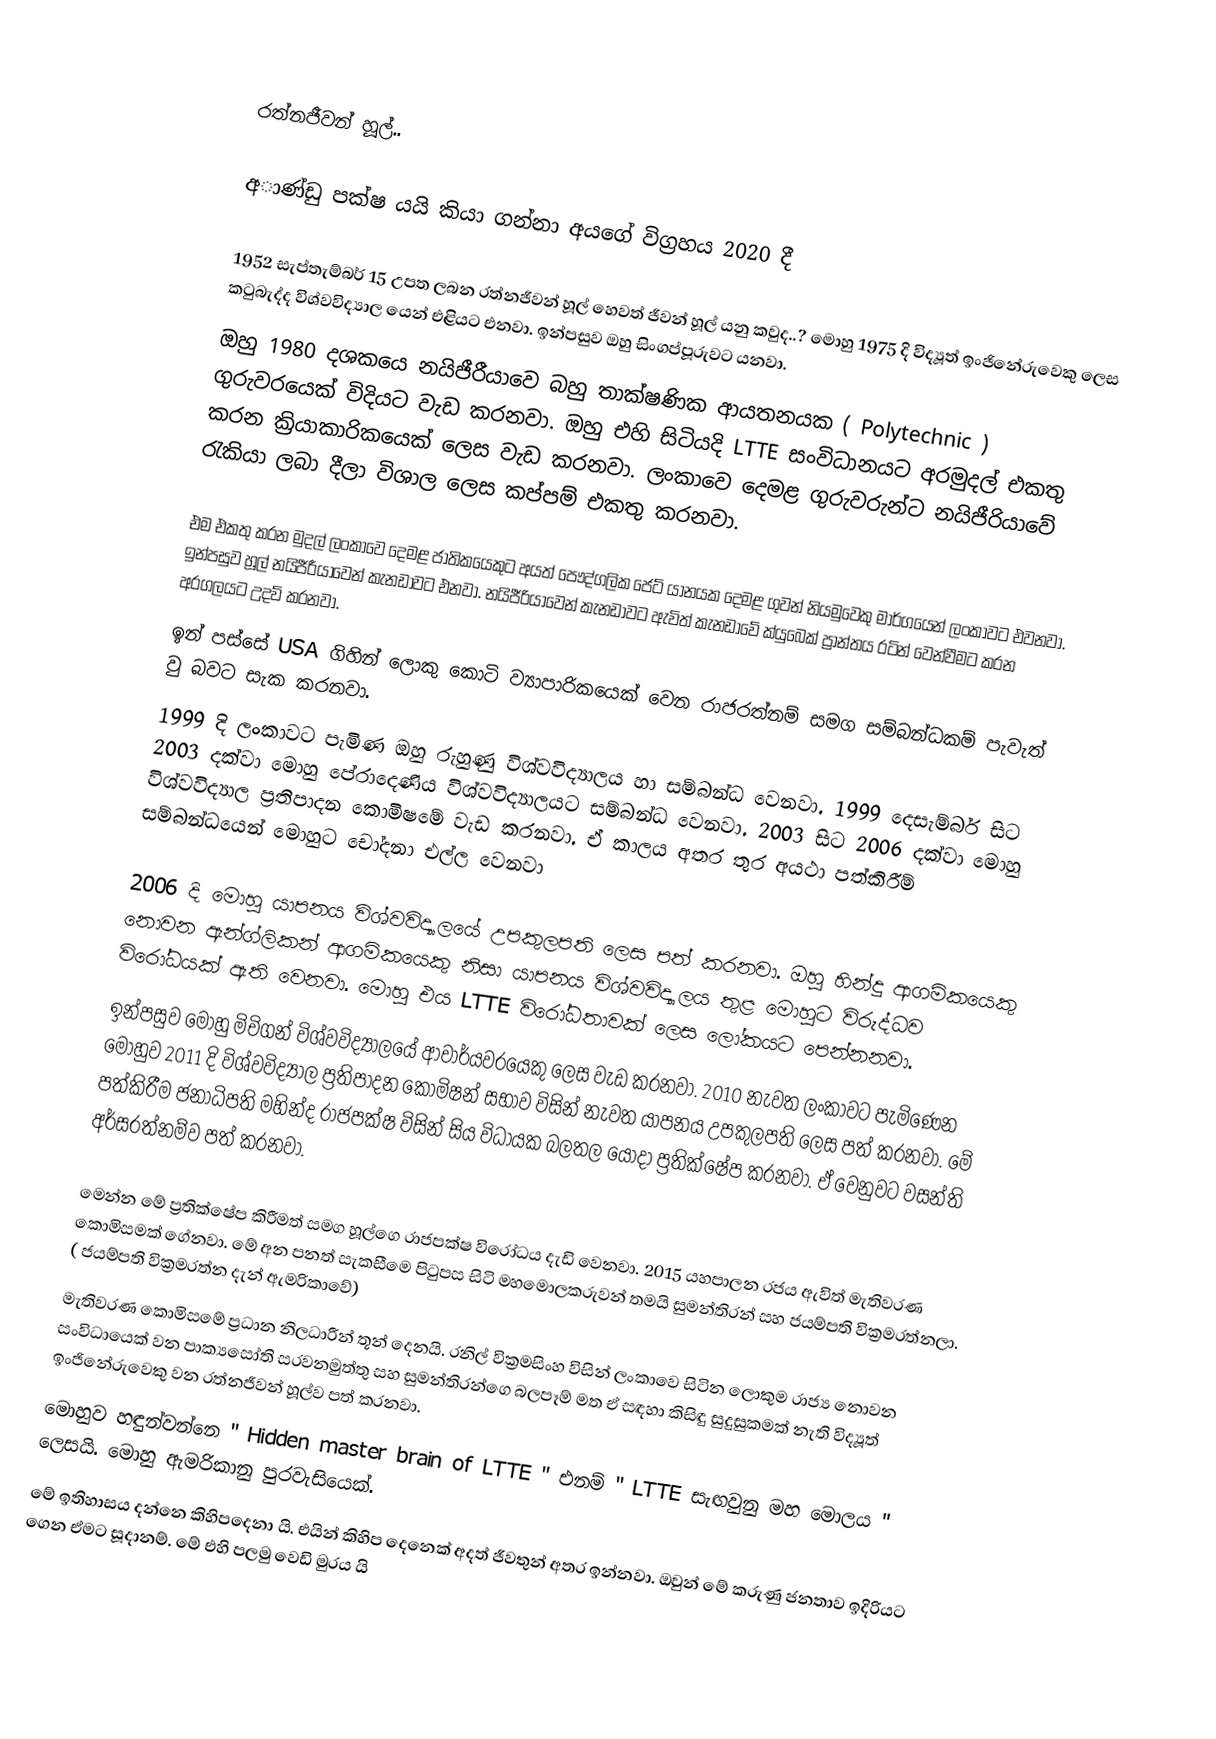

රත්නජීවන් හූල්..

අාණ්ඩු පක්ෂ යයි කියා ගන්නා අයගේ විග්‍රහය  2020 දී

1952 සැප්තැම්බර් 15 උපත ලබන රත්නජීවන් හූල් හෙවත් ජීවන් හූල් යනු කවුද..?  මොහු 1975 දි විද්‍යූත් ඉංජිනේරුවෙකු ලෙස කටුබැද්ද විශ්වවිද්‍යාල යෙන් එළියට එනවා. ඉන්පසුව ඔහු සිංගප්පූරුවට යනවා.
 ඔහු 1980 දශකයෙ නයිජීරීයාවෙ බහු තාක්ෂණික ආයතනයක ( Polytechnic ) ගුරුවරයෙක්  විදියට වැඩ කරනවා. ඔහු එහි සිටියදි LTTE සංවිධානයට අරමුදල් එකතු කරන ක්‍රියාකාරිකයෙක් ලෙස වැඩ කරනවා. ලංකාවෙ දෙමළ  ගුරුවරුන්ට නයිජීරියාවේ රැකියා ලබා දීලා විශාල ලෙස කප්පම් එකතු කරනවා.

එම එකතු කරන මුදල් ලංකාවෙ දෙමළ ජාතිකයෙකුට අයත් පෞද්ගලික ජෙට් යානයක දෙමළ ගුවන් නියමුවෙකු මාර්ගයෙන් ලංකාවට එවනවා. ඉන්පසුව හූල් නයිජීරීයාවෙන් කැනඩාවට එනවා. නයිජීරියාවෙන් කැනඩාවට ඇවිත් කැනඩාවේ ක්යුබෙක් ප්‍රාන්තය රටින් වෙන්වීමට කරන අරගලයට උදව් කරනවා.
ඉන් පස්සේ USA ගිහින් ලොකු කොටි ව්‍යාපාරිකයෙක් වෙන රාජරත්නම් සමග සම්බන්ධකම් පැවැත් වු බවට සැක කරනවා.
1999 දි ලංකාවට පැමිණ ඔහු රුහුණු විශ්වවිද්‍යාලය හා සම්බන්ධ වෙනවා. 1999  දෙසැම්බර් සිට 2003 දක්වා මොහු පේරාදෙණිය විශ්වවිද්‍යාලයට සම්බන්ධ වෙනවා. 2003 සිට 2006 දක්වා මොහු විශ්වවිද්‍යාල ප්‍රතිපාදන කොමිෂමේ වැඩ කරනවා. ඒ කාලය අතර තුර අයථා පත්කිරීම් සම්බන්ධයෙන් මොහුට චෝදනා එල්ල වෙනවා

2006 දි මොහු යාපනය විශ්වවිද්‍යාලයේ උපකුලපති ලෙස පත් කරනවා. ඔහු හින්දු ආගමිකයෙකු නොවන ඇන්ග්ලිකන් ආගමිකයෙකු  නිසා යාපනය විශ්වවිද්‍යාලය තුළ මොහුට විරුද්ධව විරෝධයක් ඇති වෙනවා. මොහු එය LTTE විරෝධතාවක් ලෙස ලෝකයට පෙන්නනවා.
ඉන්පසුව මොහු මිචිගන් විශ්වවිද්‍යාලයේ ආචාර්යවරයෙකු ලෙස වැඩ කරනවා. 2010 නැවත  ලංකාවට පැමිණෙන  මොහුව 2011 දි විශ්වවිද්‍යාල ප්‍රතිපාදන කොමිෂන් සභාව විසින් නැවත යාපනය උපකුලපති ලෙස පත් කරනවා. මේ පත්කිරීම ජනාධිපති මහින්ද රාජපක්ෂ විසින් සිය විධායක බලතල යොදා ප්‍රතික්ෂේප කරනවා. ඒ වෙනුවට වසන්ති අර්සරත්නම්ව පත් කරනවා.

මෙන්න මේ ප්‍රතික්ෂේප කිරීමත් සමග හූල්ගෙ රාජපක්ෂ විරෝධය දැඩි වෙනවා. 2015 යහපාලන රජය ඇවිත් මැතිවරණ කොමිසමක් ගේනවා. මේ අන පනත් සැකසීමෙ පිටුපස සිටි මහමොලකරුවන් තමයි සුමන්තිරන් සහ ජයම්පති වික්‍රමරත්නලා. ( ජයම්පති වික්‍රමරත්න දැන් ඇමරිකාවේ)
මැතිවරණ කොමිසමේ ප්‍රධාන නිලධාරීන් තූන් දෙනයි. රනිල් වික්‍රමසිංහ විසින් ලංකාවෙ සිටින ලොකුම රාජ්‍ය නොවන සංවිධායෙක් වන පාක්‍යසෝති සරවනමුත්තු සහ සුමන්තිරන්ගෙ බලපෑම් මත ඒ සඳහා කිසිඳු සුදුසුකමක් නැති විද්‍යූත් ඉංජිනේරුවෙකු වන රත්නජීවන් හූල්ව පත් කරනවා.
මොහුව හඳුන්වන්නෙ " Hidden master brain of LTTE " එනම් " LTTE සැඟවුනු මහ මොලය " ලෙසයි. මොහු ඇමරිකානු පුරවැසියෙක්.
මේ ඉතිහාසය දන්නෙ කිහිපදෙනා යි. එයින් කිහිප දෙනෙක් අදත් ජීවතුන් අතර ඉන්නවා. ඔවුන් මේ කරුණු ජනතාව ඉදිරියට ගෙන ඒමට සූදානම්. මේ එහි පලමු වෙඩි මුරය යි